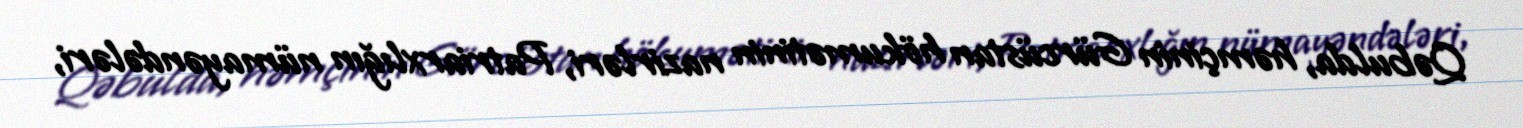
Qəbulda, həmçinin Gürcüstan hökumətinin nazirləri, Patriarxlığın nümayəndələri,